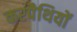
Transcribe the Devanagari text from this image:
करपैथियों